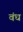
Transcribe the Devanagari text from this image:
वंध